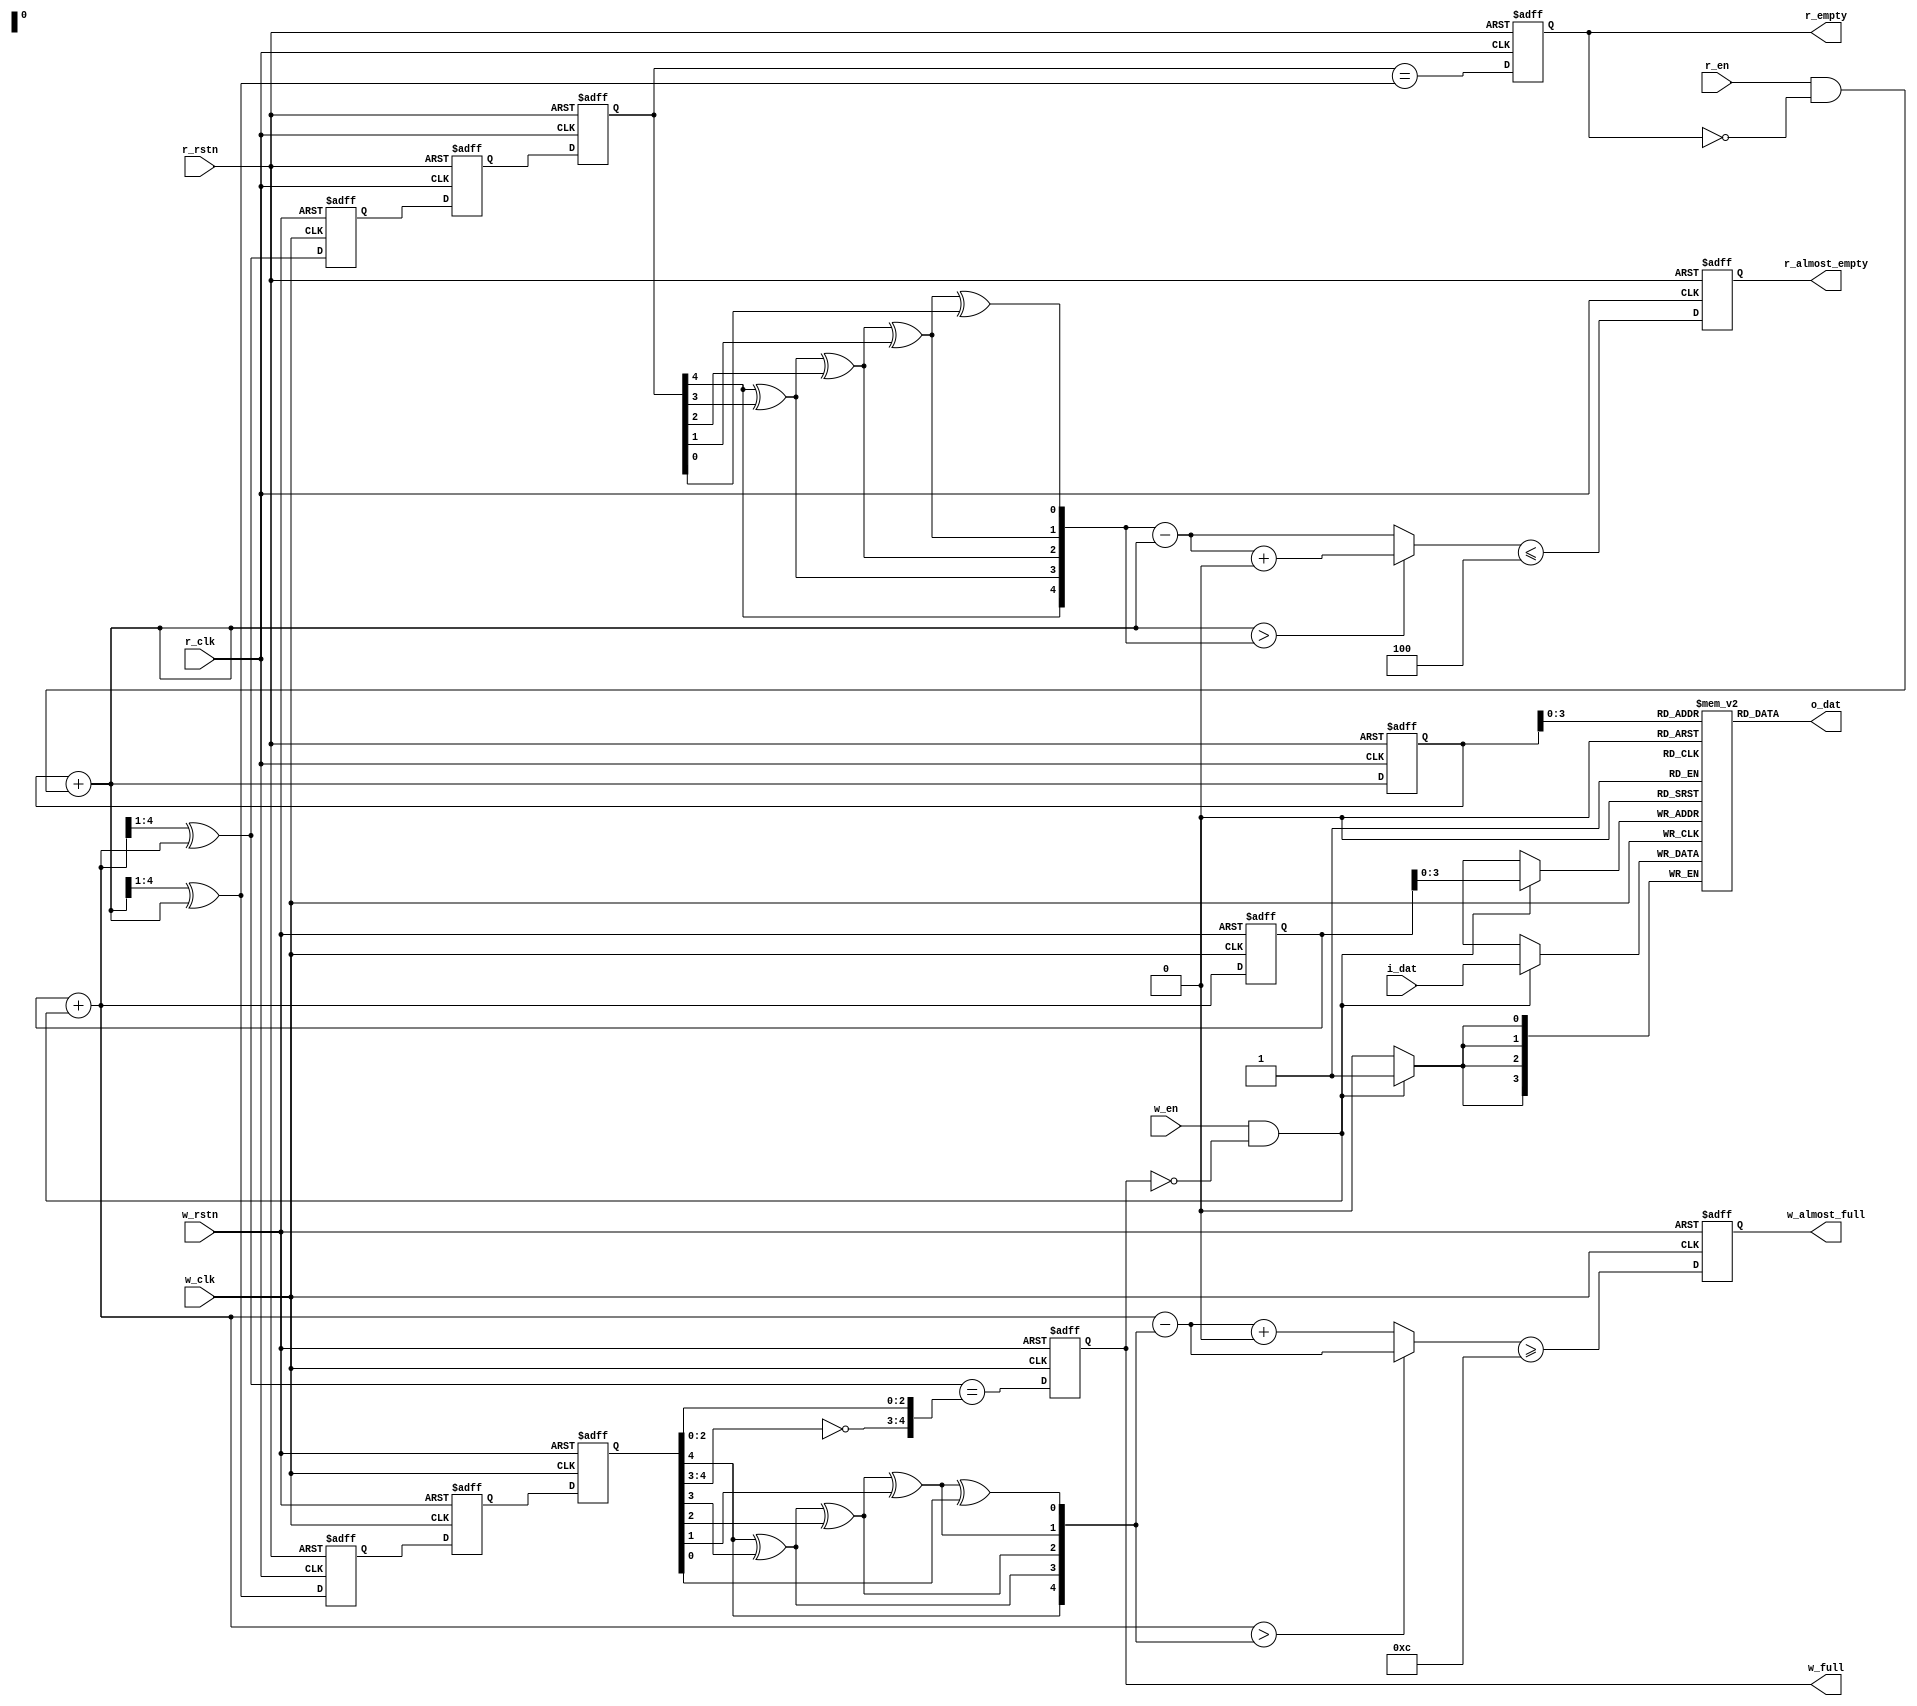
`timescale 1ns / 1ps
/* 
 *  
 *  An asynchronous FIFO that allows the buffering of data between
 *  two clock domains. The empty and full status flags are asserted
 *  immediately, but are removed pessimistically (i.e. 2 clock cycles late)
 *  due to the latency of using double FFs to synchronize the write
 *  and read pointers between the clock domains.
 *                                  
 *  Formally verified.
 *
 *  NOTE:
 *  - AW must be greater than 3
 *  - Almost empty flag is asserted when FIFO level is within 4 from being empty
 *  - Almost full flag is asserted when FIFO level is within 4 from being full
 * 
 */
`default_nettype none

module async_fifo
    #(  parameter DW  = 4,
        parameter AW  = 4 ) 
    (   input wire              w_clk,
        input wire              w_rstn,
        input wire              w_en,
        input wire [DW-1:0]     i_dat,
        output reg              w_almost_full,
        output reg              w_full,
        
        input wire              r_clk, 
        input wire              r_rstn,
        input wire              r_en,
        output wire [DW-1:0]    o_dat,
        output reg              r_almost_empty, 
        output reg              r_empty
    );
    
    // Almost full parameter, 4 less than full
    localparam AF = (1 << AW) - 4;
  
    // Write domain logic
    wire [AW - 1 : 0] waddr;              // write address in memory 
    wire [AW     : 0] wgraynext;          
    wire [AW     : 0] wbinnext;
    wire              wfull_val;
    wire              walmost_full_val;
    
    reg [AW: 0] wbin;                     // write pointer in binary to address memory
    reg [AW: 0] wptr;                     // write pointer in gray for (almost) empty/(almost) full flags
    reg [AW: 0] wq1_rptr;
    reg [AW: 0] wq2_rptr; 
    
    initial { wq2_rptr, wq1_rptr }  = 0;
    initial { wbin, wptr } = 0;
    initial w_full = 0;
    
    // Read domain logic
    wire [AW - 1 :0] raddr;               // read address in memory 
    wire [AW     :0] rgraynext;
    wire [AW     :0] rbinnext; 
    wire             rempty_val;
    wire             ralmost_empty_val;

    reg [AW      :0] rbin;                // read pointer in binary to address memory
    reg [AW      :0] rptr;                // read pointer in gray for (almost) empty/(almost) full flags
    reg [AW      :0] rq1_wptr;            
    reg [AW      :0] rq2_wptr;
    
    initial { rq2_wptr, rq1_wptr } = 0;
    initial { rbin, rptr } = 0;
    initial r_empty = 1'b1; 
    
    // FIFO Memory Style: Synchronous Dual-Port RAM
    reg [DW-1:0] mem [0:((1<<AW)-1)]; 
    
    assign o_dat = mem[raddr]; 

    always @(posedge w_clk)
        if((w_en) && (!w_full)) 
            mem[waddr] <= i_dat; 
   
   /** =======================================================
      
                            Read-Domain Logic
   
       ======================================================= **/ 
       
    // Double FF to synchronize and recude metastability of 
    // write pointer in gray to read clock domain
    always @(posedge r_clk or negedge r_rstn)
        begin
            if(!r_rstn) {rq2_wptr, rq1_wptr} <= 0;
            else        {rq2_wptr, rq1_wptr} <= {rq1_wptr, wptr}; 
        end 
    
    // Register next binary and gray read pointers
    always @(posedge r_clk or negedge r_rstn)
        begin
            if(!r_rstn) {rbin, rptr} <= 0;
            else        {rbin, rptr} <= {rbinnext, rgraynext}; 
        end 
    
    // Read address and binary/gray read pointer logic
    assign raddr     =  rbin[AW-1:0];  
    assign rbinnext  =  rbin + { {(AW){1'b0}}, (r_en && (!r_empty)) };
    assign rgraynext = (rbinnext >> 1) ^ rbinnext; 
    
    // Logic for FIFO is empty
    always @(posedge r_clk or negedge r_rstn)
        begin
            if(!r_rstn) r_empty <= 1'b1;
            else        r_empty <= rempty_val; 
        end 
    assign rempty_val = (rq2_wptr == rgraynext); 
   
   // Logic for FIFO is almost empty in 3 steps.
   wire [AW :0] rq2_wptr_bin;  
   wire [AW :0] rbin_wbin_diff;
   
   // 1st: Convert write pointer in gray code to binary
   assign rq2_wptr_bin[AW] = rq2_wptr[AW]; 
   generate
        genvar k;
        for(k = AW - 1; k >= 0; k = k - 1)        
            begin
                assign rq2_wptr_bin[k] = rq2_wptr_bin[k+1] ^ rq2_wptr[k];
            end
        endgenerate
   
   // 2nd: Find difference between binary read and write pointers.
   /*      Check whether the difference is within the threshold.
            - There are two cases since a FIFO is a circular queue.
                Case 1: read pointer > write pointer. 
                    
                    Logic for difference: synchronized wptr_bin - rptr_bin + POINTER DEPTH
                     
                Case 2: read pointer <= write pointer                                             
            
                    Logic for difference: synchronized wptr_bin - rptr_bin
                    
   */
   assign rbin_wbin_diff     = (rbinnext > rq2_wptr_bin) ? (rq2_wptr_bin - rbinnext 
                                                              + (1 << (AW+1)))
                                                            : (rq2_wptr_bin - rbinnext);
   assign ralmost_empty_val  = (rbin_wbin_diff <= 4);

   always @(posedge r_clk or negedge r_rstn)
       begin
           if(!r_rstn)  r_almost_empty <= 1'b1;
           else         r_almost_empty <= ralmost_empty_val;
       end
       
       
    /** =======================================================
      
                            Write-Domain Logic
   
       ======================================================= **/   
       
    // Double FF to synchronize read pointer to write clock domain
    always @(posedge w_clk or negedge w_rstn)
        begin
            if(!w_rstn) {wq2_rptr, wq1_rptr} <= 0;
            else        {wq2_rptr, wq1_rptr} <= {wq1_rptr, rptr}; 
        end  
    
    // Write Binary and Gray pointer
    always @(posedge w_clk or negedge w_rstn)
        begin
            if(!w_rstn) {wbin, wptr} <= 0;
            else        {wbin, wptr} <= {wbinnext, wgraynext}; 
        end
           
    // Use binary to address FIFO memory. Use Gray for synchronizing and logic for almost empty/empty flags   
    assign waddr     = wbin[AW-1:0];
    assign wbinnext  = wbin + { {(AW){1'b0}}, (w_en && (!w_full)) };
    assign wgraynext = (wbinnext >> 1) ^ wbinnext; 
    
    
    // Logic for FIFO is full
    always @(posedge w_clk or negedge w_rstn)
        begin
            if(!w_rstn) w_full <= 1'b0;
            else        w_full <= wfull_val; 
        end 
    
    assign wfull_val = (wgraynext == {~wq2_rptr[AW:AW-1], 
                                    wq2_rptr[AW-2:0]});  
                         
    
    // Logic for FIFO is almost full (similar to logic for when FIFO is empty)
    wire [AW :0] wq2_rptr_bin;  
    wire [AW :0] wbin_rbin_diff;
    assign wq2_rptr_bin[AW] = wq2_rptr[AW]; 
    generate 
        genvar j;
        for(j = AW - 1; j >= 0; j = j - 1)
            begin
                assign wq2_rptr_bin[j] = wq2_rptr_bin[j+1] ^ wq2_rptr[j]; 
            end 
        endgenerate 
    
    assign wbin_rbin_diff  = (wbinnext > wq2_rptr_bin) ? (wbinnext - wq2_rptr_bin) 
                                                        : (wbinnext - wq2_rptr_bin
                                                           + (1 << (AW+1))); 
    assign walmost_full_val = (wbin_rbin_diff >=  AF);
                                                  
    always @(posedge w_clk or negedge w_rstn)
       begin
           if(!w_rstn) w_almost_full <= 1'b0; 
           else        w_almost_full <= walmost_full_val;
       end                                                                                               

`ifdef FORMAL

    // Setting up f_past_valid registers for three clock domains: read, write, global sim
    reg f_past_valid_rd;
    reg f_past_valid_wr;
    reg f_past_valid_gbl; 
    initial 
        begin
            f_past_valid_rd = 0;
            f_past_valid_wr = 0;
            f_past_valid_gbl = 0; 
        end 
    
    always @($global_clock)
        f_past_valid_gbl <= 1'b1;
    
    always @(posedge w_clk)
        f_past_valid_wr <= 1'b1;
    
    always @(posedge r_clk)
        f_past_valid_rd <= 1'b1;

    always @(*)
        if(!f_past_valid_gbl)
            assert((!f_past_valid_wr) && (!f_past_valid_rd)); 
`ifdef AFIFO

    // Setup the two read and write clocks
    localparam F_CLKBITS = 5;
    wire [F_CLKBITS-1:0] f_wclk_step;
    wire [F_CLKBITS-1:0] f_rclk_step;
    
    assign f_wclk_step = $anyconst; 
    assign f_rclk_step = $anyconst;
    always @(*)
        begin
            assume(f_wclk_step != 0);
            assume(f_rclk_step != 0);
        end
    
    reg [F_CLKBITS-1:0] f_wclk_count;
    reg [F_CLKBITS-1:0] f_rclk_count;
    always @($global_clock)
        begin
            f_wclk_count <= f_wclk_count + f_wclk_step;
            f_rclk_count <= f_rclk_count + f_rclk_step; 
        end 
    always @(*)
        begin
            assume(w_clk == (f_wclk_count[F_CLKBITS-1]));
            assume(r_clk == (f_rclk_count[F_CLKBITS-1]));
        end 
`endif
    
    // Assume reset input wires are asynch asserted, but only synch de-asserted
    //initial assume (w_rstn == 1'b0);
    //initial assume (r_rstn == 1'b0); 
    initial assume(w_rstn == r_rstn);
    
    always @($global_clock)
        assume($fell(w_rstn) == $fell(r_rstn));
    always @($global_clock)
        if(!$rose(w_clk))
            assume(!$rose(w_rstn));
    always @($global_clock)
        if(!$rose(r_clk))
            assume(!$rose(r_rstn));
    always @($global_clock)
        if(!w_rstn)
            assert(rbin == 0); 
    
    // Assume that input wires can only change on clock edges
    // Assert that the full/empty flags are stable, 
    always @($global_clock)
        if(f_past_valid_gbl)
        begin
            if(!$rose(w_clk))
            begin
                assume($stable(w_en));
                assume($stable(i_dat));
                assert($stable(w_full) || (!w_rstn));
            end
            
            if(!$rose(r_clk))
            begin
                assume($stable(r_en));
                assert((r_empty) || ($stable(o_dat)));
                assert((!r_rstn) || ($stable(r_empty)));
            end 
        end 
    
    // Assert cross clock values are in a known configuration
    always @($global_clock)
        if((!f_past_valid_wr) || (!w_rstn))   // Either at reset or at initial start of formal
        begin
            assume(w_en == 0);
            
            assert(wptr == 0);
            assert(wbin == 0);
            assert(!w_full); 
            
            assert(wq1_rptr == 0);
            assert(wq2_rptr == 0);
            assert(rq1_wptr == 0);
            assert(rq2_wptr == 0);
            
            assert(rbin == 0);
            assert(r_empty); 
        end
    
    always @($global_clock)
        if((!f_past_valid_rd) || (!r_rstn))
        begin
            assume(r_en == 0);
            
            assert(rptr == 0);
            assert(rbin == 0); 
            assert(wq1_rptr == 0);
            assert(wq2_rptr == 0);
            assert(rq1_wptr == 0);
            assert(rq2_wptr == 0);
            
        end 
    
    // Calculate the fill level of FIFO (needs to be between 0 and 2^(AW))
    wire [AW:0] f_fill;
    assign f_fill = (wbin - rbin);
    initial assert(f_fill == 0);
    always @($global_clock)
        assert(f_fill <= { 1'b1, {(AW){1'b0}} });
    
    // Assert that if FIFO is full, then w_full should be 1
    always @($global_clock)
        if(f_fill == { 1'b1, {(AW){1'b0}}})
            assert(w_full);
    
    // Assert that logic will detect if FIFO is about to be full
    always @($global_clock)
        if(f_fill == { 1'b0, {(AW){1'b1}}})
            assert((wfull_val)||(!w_en)||(w_full));
            
    // Assert that if FIFO is empty, then r_empty should be 1
    always @($global_clock)
        if(f_fill == 0)
            assert(r_empty);
    
    // Assert that logic will detect if FIFO is about to be empty
    always @($global_clock)
        if(f_fill == 1)
            assert((rempty_val)||(!r_en)||(r_empty));
    
    // Assert that the gray coded pointers are copies of the binary addresses 
    always @(*)
        begin
            assert(wptr == ((wbin >> 1) ^ wbin));
        end 
    always @(*)
        begin
            assert(rptr == ((rbin >> 1) ^ rbin));
        end 
    
    // Assert that the FIFO is full based off the read and write gray pointers are equal
    always @(*)
        assert( (rptr == { ~wptr[AW:AW-1], wptr[AW-2:0] }) 
                == (f_fill == { 1'b1, {(AW){1'b0}} }));
    // Assert that the pointers should only equal when FIFO is empty 
    always @(*)
        assert((rptr == wptr) == (f_fill == 0)); 
    
    // Examine fill/empty flags from read or write clock POV
    reg [AW:0] f_w2r_rbin; 
    reg [AW:0] f_w1r_rbin;
    reg [AW:0] f_r2w_wbin;
    reg [AW:0] f_r1w_wbin;
    wire [AW:0] f_w2r_fill;
    wire [AW:0] f_r2w_fill;
    
    /** Note: since formal has no metastability, no need to pass
    *   gray pointers but can use binary values across clock domains.
    **/
    initial { f_w2r_rbin, f_w1r_rbin } = 0;
    initial { f_r2w_wbin, f_r1w_wbin } = 0;
    always @(posedge w_clk or negedge w_rstn)
        if(!w_rstn)
            { f_w2r_rbin, f_w1r_rbin } <= 0;
        else
            { f_w2r_rbin, f_w1r_rbin } <= { f_w1r_rbin, rbin }; 
    always @(posedge r_clk or negedge r_rstn)
        if(!r_rstn)
            { f_r2w_wbin, f_r1w_wbin } <= 0;
        else
            { f_r2w_wbin, f_r1w_wbin } <= { f_r1w_wbin, wbin };
    
    // Calculate fill level from perspective of each clock domain
    // 1st: Assert each converted binary pointer is equal to its gray counterpart 
    always @(*)
        assert(rq1_wptr == ((f_r1w_wbin >> 1)^f_r1w_wbin));
    always @(*)
        assert(rq2_wptr == ((f_r2w_wbin >> 1)^f_r2w_wbin));
    always @(*)
        assert(wq1_rptr == ((f_w1r_rbin >> 1)^f_w1r_rbin));
    always @(*)
        assert(wq2_rptr == ((f_w2r_rbin >> 1)^f_w2r_rbin)); 
    assign f_w2r_fill = wbin - f_w2r_rbin; 
    assign f_r2w_fill = f_r2w_wbin - rbin; 
    
    // 2nd: Assert that fill is always less than or equal to full
    always @(*)
        assert(f_w2r_fill <= { 1'b1, {(AW){1'b0} }});
    always @(*)
        assert(f_r2w_fill <= { 1'b1, {(AW){1'b0} }});
    
    // From write clock POV, FIFO is full if gray pointers are =, 
    // except for the MSB. Assert this property of the FIFO.
    always @(*)
        if(wptr == {  ~wq2_rptr[AW:AW-1], wq2_rptr[AW-2:0] })
            assert(w_full);
    // For the read clock POV
    always @(*)
        if(rptr == rq2_wptr)
            assert(r_empty); 

    // Assert that at most one bit of gray coded pointer values
    // will ever change when crossing clock domains
    
    genvar i;
    generate 
        for(i = 0; i <= AW; i=i+1)
        begin: CHECK_ONEHOT_WGRAY
            always @(*)
                assert((wptr[i] == wgraynext[i])
                    ||(wptr ^ wgraynext ^ (1<<i) == 0));
            always @(*)
                assert((rq2_wptr[i] == rq1_wptr[i])
                    ||(rq2_wptr ^ rq1_wptr ^ (1<<i) == 0)); 
        end 
    endgenerate 
    
    genvar k; 
    generate
        for(k = 0; k <= AW; k=k+1)
        begin: CHECK_ONEHOT_RGRAY
            always @(*)
                assert((rptr[k] == rgraynext[k])
                    || (rptr ^ rgraynext ^ (1<<k) == 0));
            always @(*)
                assert((wq2_rptr[k] == wq1_rptr[k])
                    ||(wq2_rptr ^ wq1_rptr ^ (1<<k) == 0));
        end 
    endgenerate     

   /** FIFO contract: If two subsequent values are written, then 
                      those values must be read out later in the 
                      same order.
    **/
`ifdef AFIFO

   (* anyconst *) wire [AW:0] f_const_addr; 
                  wire [AW:0] f_const_next_addr;
    assign f_const_next_addr = f_const_addr + 1'b1; 
    
    (* anyconst *) reg [DW-1:0] f_const_first_data;
    (* anyconst *) reg [DW-1:0] f_const_next_data; 
   
                   reg f_addr_valid;
                   reg f_addr_next_valid; 
    always @(*)
        begin
            f_addr_valid = 1'b0;
            if((wbin > rbin) && (wbin > f_const_addr) && (rbin <= f_const_addr))
                // rbin <= addr < wbin
                f_addr_valid = 1'b1; 
            else if((wbin < rbin) && (wbin > f_const_addr))
                // addr < wbin < rbin
                f_addr_valid = 1'b1;
            else if((wbin < rbin) && (rbin <= f_const_addr))
                // wbin < rbin < addr
                f_addr_valid = 1'b1;  
        end               
   
    always @(*)
        begin
            f_addr_next_valid = 1'b0; 
            if((wbin > rbin)&&(wbin > f_const_next_addr)&&(rbin <= f_const_next_addr))
                // rbin <= addr < wbin
                f_addr_next_valid = 1'b1;
            else if ((wbin < rbin)&&(f_const_next_addr < wbin))
                // addr < wbin < rbin
                f_addr_next_valid = 1'b1;
            else if ((wbin < rbin)&&(rbin <= f_const_next_addr))
                // wbin < rbin < addr
                f_addr_next_valid = 1'b1;
        end 

    reg f_first_in_fifo;
    reg f_second_in_fifo;
    reg f_both_in_fifo;
    
    always @(*)
        f_first_in_fifo = (f_addr_valid) 
                        && (mem[f_const_addr[AW-1:0]] == f_const_first_data);    
    always @(*)
        f_second_in_fifo = (f_addr_next_valid)
                        && (mem[f_const_next_addr[AW-1:0]]==f_const_next_data);
    always @(*)
        f_both_in_fifo = (f_first_in_fifo) && (f_second_in_fifo);
    
    reg f_wait_for_first_read;
    reg f_read_first;
    reg f_read_second;
    reg f_wait_for_second_read;
    
    always @(*)
        f_wait_for_first_read = (f_both_in_fifo)
                               && ((!r_en)||(f_const_addr != rbin)||(r_empty));
    always @(*)
        f_read_first = (r_en) && (o_dat == f_const_first_data)&&(!r_empty)
                    && (rbin == f_const_addr)&&(f_both_in_fifo);
    always @(*)
        f_wait_for_second_read = (f_second_in_fifo)
                        && ((!r_en) || (r_empty))
                        && (f_const_next_addr == rbin); 
    always @(*)
        f_read_second = (r_en) && (o_dat == f_const_next_data) && (!r_empty)
                        && (rbin == f_const_next_addr)
                        && (f_second_in_fifo);   
   
   always @($global_clock)
        if((f_past_valid_gbl) && (w_rstn))
            begin
                if((!$past(f_read_first))&&($past(f_both_in_fifo)))
                    assert((f_wait_for_first_read) || (($rose(r_clk))&&(f_read_first)));
                if($past(f_read_first))
                    assert( ((!$rose(r_clk))&&(f_read_first))
                    || ($rose(r_clk)&&((f_read_second)
                                    || (f_wait_for_second_read))));
                if($past(f_wait_for_second_read))
                    assert((f_wait_for_second_read)
                            || (($rose(r_clk)) && (f_read_second)));
            end  
`endif
    
    
    always @(posedge w_clk)
        cover(w_rstn); 
    always @(posedge r_clk)
        cover(r_rstn); 
        
    always @($global_clock)
        if(f_past_valid_gbl)
            cover((r_empty)&&(!$past(r_empty)));
    
    always @(*)
        if(f_past_valid_gbl)
            cover(w_full); 
            
    always @(posedge w_clk)
        if(f_past_valid_wr)
            cover($past(w_full)&&($past(w_en))&&(w_full));
            
    always @(posedge w_clk)
	   if (f_past_valid_wr)
		  cover($past(w_full)&&(!w_full));
		  
    always @(posedge w_clk)
        cover((w_full)&&(w_en));
        
    always @(posedge w_clk)
        cover(w_en);
        
    always @(posedge r_clk)
        cover((r_empty) && (r_en));
    
`endif 
endmodule